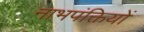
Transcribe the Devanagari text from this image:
नाभपंक्तियों